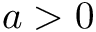
a > 0